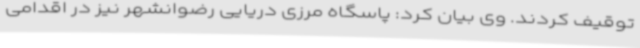
توقیف کردند. وی بیان کرد: پاسگاه مرزی دریایی رضوانشهر نیز در اقدامی